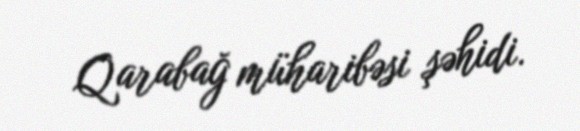
Qarabağ müharibəsi şəhidi.